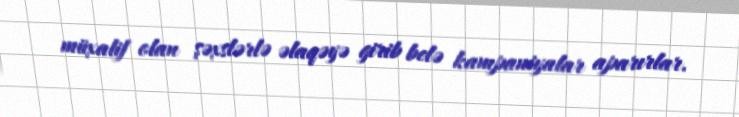
müxalif olan şəxslərlə əlaqəyə girib belə kampaniyalar aparırlar.